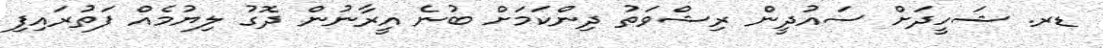
ޑރ. ޝަހީދަށް ސައުދީން ރިޝްވަތު ދިންކަމަށް ބުނެ އީރާނުން ދޮގު ލިޔުމެއް ފަތުރައިފި